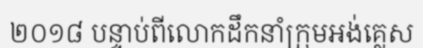
២០១៨ បន្ទាប់ពីលោកដឹកនាំក្រុមអង់គ្លេស